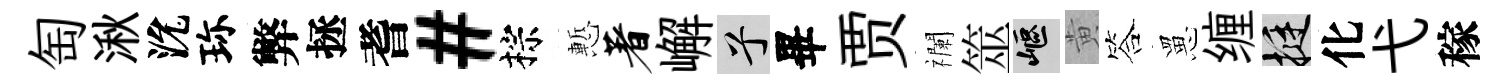
匋湫沇珎弊拯耆#棕慙著嶰兮畢贾襴筮嶇黄答罳缠挺化弋稼